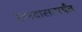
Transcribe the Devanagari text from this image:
रामदासापर्यंत